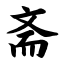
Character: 斋